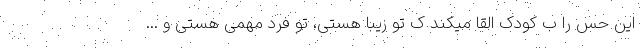
این حس را ب کودک القا میکند ک تو زیبا هستی، تو فرد مهمی هستی و ...